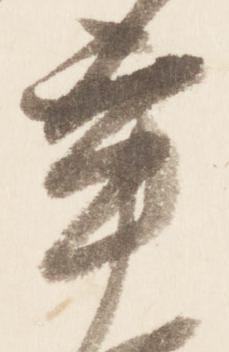
卒